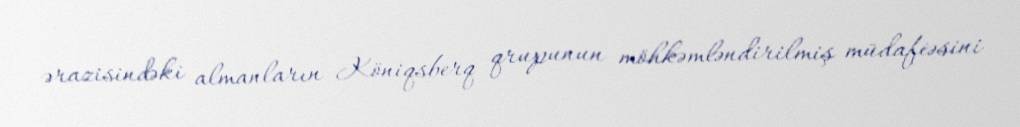
ərazisindəki almanların Köniqsberq qrupunun möhkəmləndirilmiş müdafiəsini